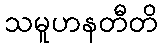
သမူဟနတီတိ